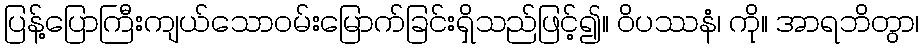
ပြန့်ပြောကြီးကျယ်သောဝမ်းမြောက်ခြင်းရှိသည်ဖြင့်၍။ ဝိပဿနံ၊ ကို။ အာရဘိတွာ၊